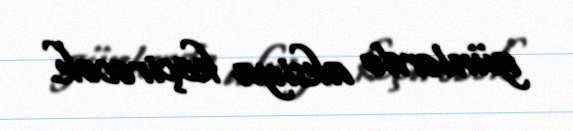
günlərdə aksiya keçirəcək.